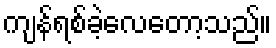
ကျန်ရစ်ခဲ့လေတော့သည်။